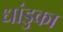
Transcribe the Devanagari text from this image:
धांडुका